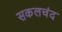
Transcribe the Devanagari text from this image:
सकलचंद